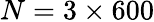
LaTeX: N=3\times 600